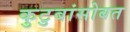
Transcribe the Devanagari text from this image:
कुटुबांसोबत